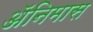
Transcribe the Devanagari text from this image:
ॲनिमास